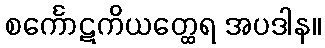
စင်္ကောဋကိယတ္ထေရ အပဒါန။